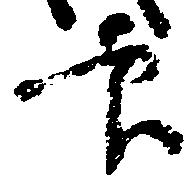
官